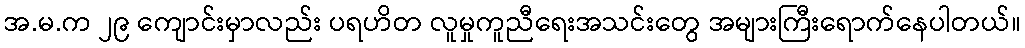
အ.မ.က ၂၉ ကျောင်းမှာလည်း ပရဟိတ လူမှုကူညီရေးအသင်းတွေ အများကြီးရောက်နေပါတယ်။